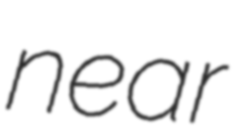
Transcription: near